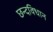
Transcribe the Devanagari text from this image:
छन्दविधान